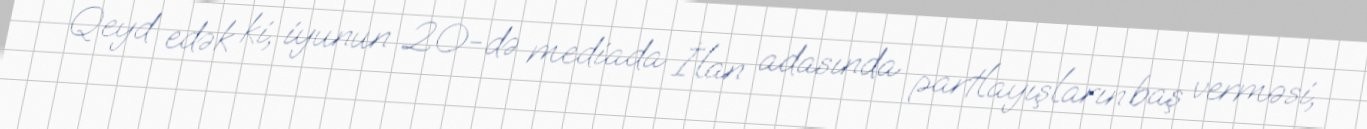
Qeyd edək ki, iyunun 20-də mediada İlan adasında partlayışların baş verməsi,